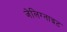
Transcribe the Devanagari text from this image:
जेलिग्नाइट